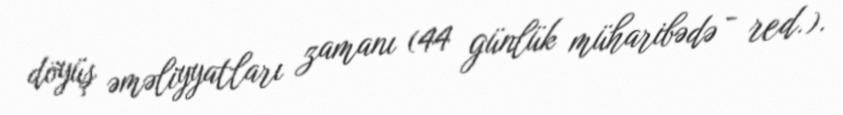
döyüş əməliyyatları zamanı (44 günlük müharibədə - red.).